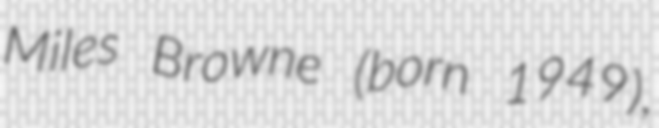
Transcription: Miles Browne (born 1949),